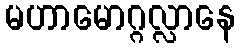
မဟာမောဂ္ဂလ္လာနေ